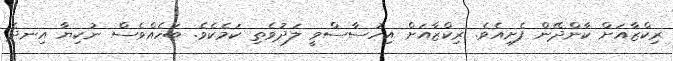
ރިކްޒާއަށް ކާންދޭން ފެށިއެވެ. ރިކްޒާއަށް އިހުސާސްވީ ލަދުވެތި ކަމެކެވެ. ބަހެއްވެސް ނުކިޔާ އިނދެ